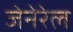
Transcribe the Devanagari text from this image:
जेनेरेल